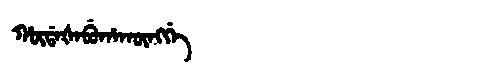
Manchu: ᡥᡡᡩᠠᡧᠠᠪᡠᡥᠠᡴᡡᠩᡤᡝ
Romanization: HŪDAŠABUHAKŪNGGE